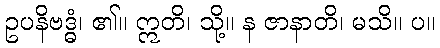
ဥပနိဗဒ္ဓံ၊ ၏။ ဣတိ၊ သို့။ န ဇာနာတိ၊ မသိ။ ပ။